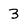
Character: 3